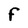
Character: F